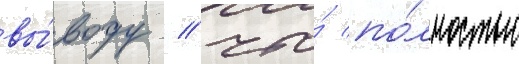
вы́воду / что́ по́лностью